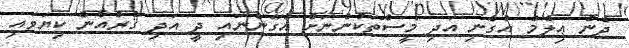
ދެން ޢިލްމު އުގެނި އަދި މީސްތަކުންނަށް އުގަންނައި ދީ އަދި ޤުރުއާން ކިޔަވައި